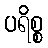
ပရိစ္စ